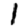
Digit: 1